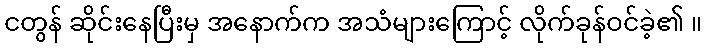
ငတွန် ဆိုင်းနေပြီးမှ အနောက်က အသံများကြောင့် လိုက်ခုန်ဝင်ခဲ့၏ ။